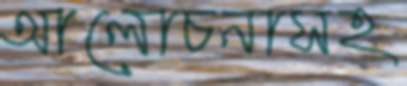
আলোচনাসহ